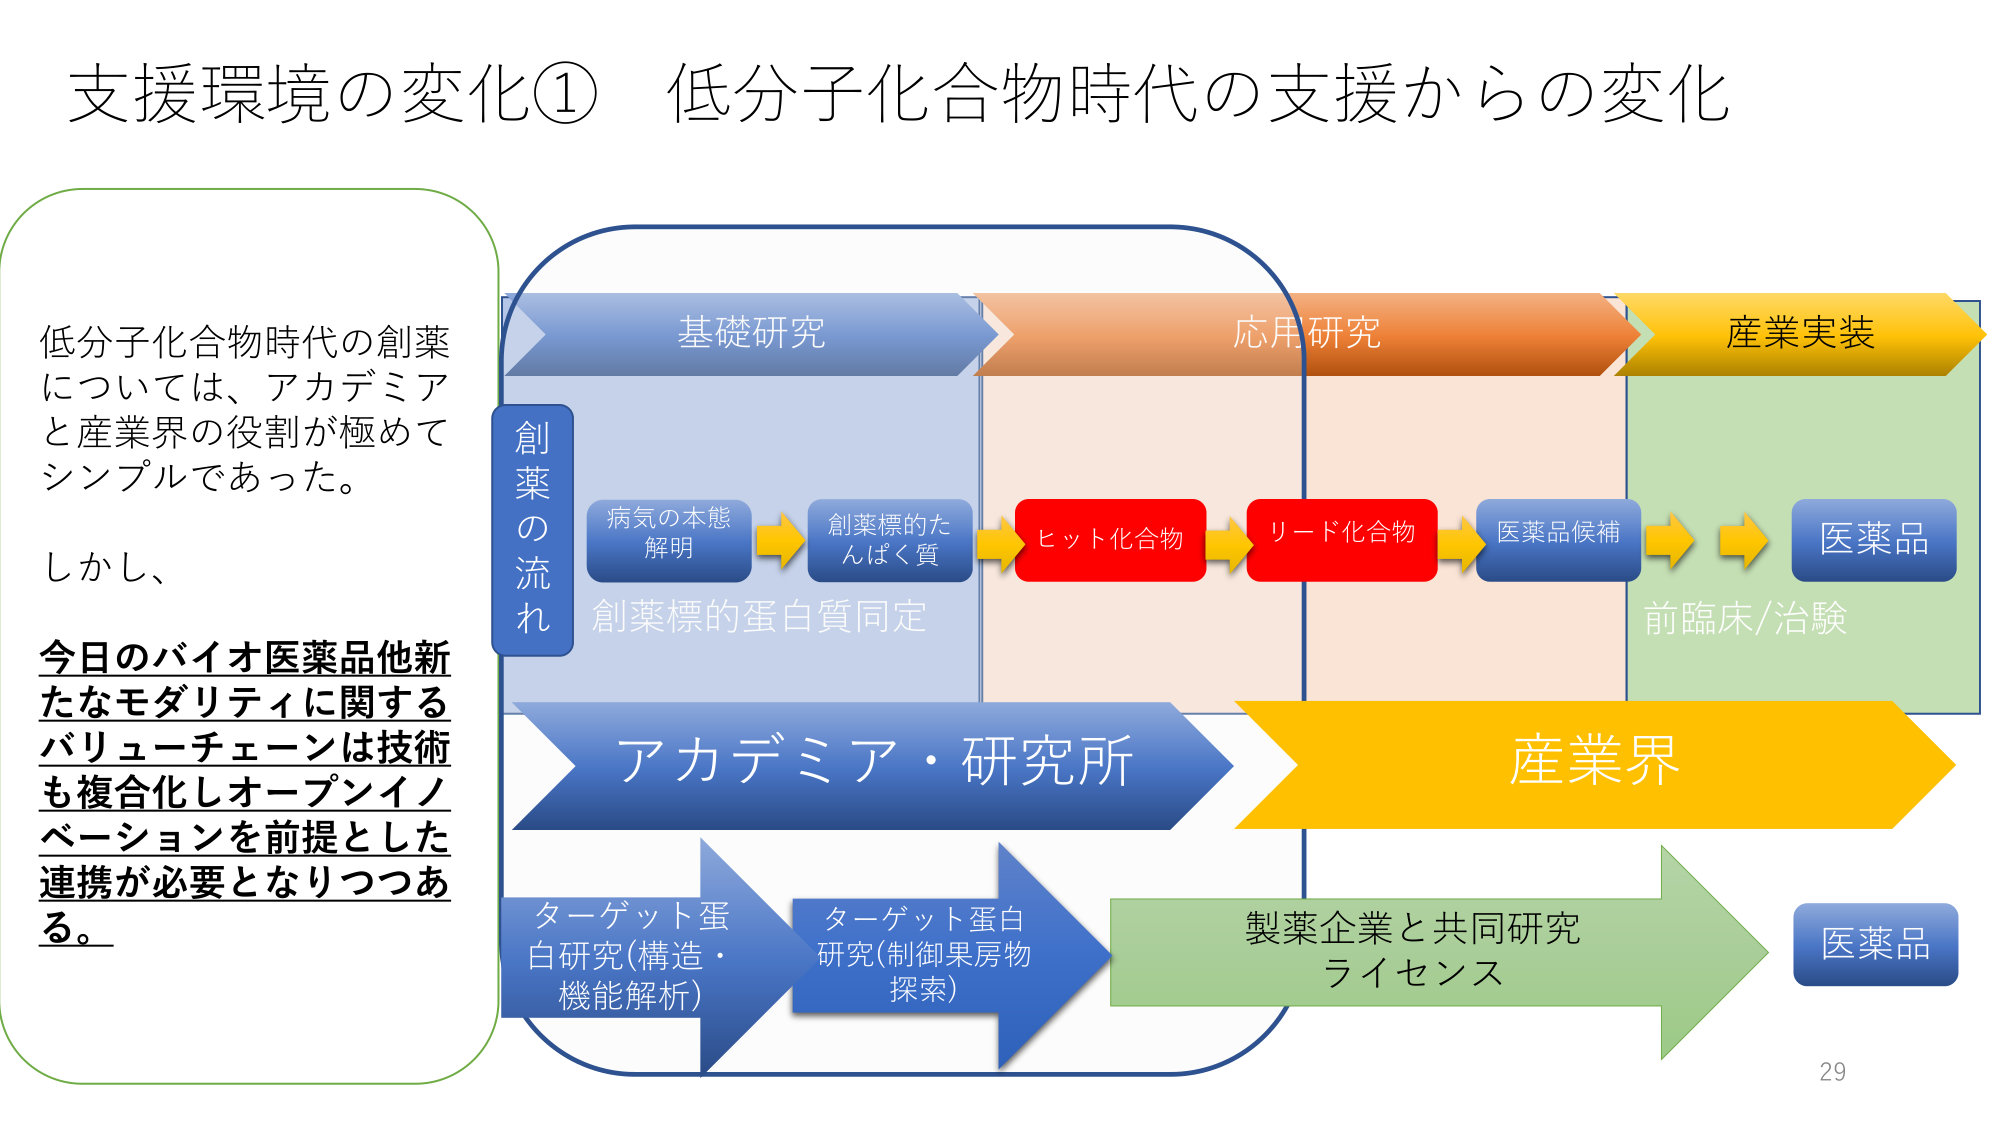
支援環境の変化① 低分子化合物時代の支援からの変化

低分子化合物時代の創薬
については、アカデミア
と産業界の役割が極めて
シンプルであった。
しかし、
今日のバイオ医薬品他新
たなモダリティに関する
バリューチェーンは技術
も複合化しオープンイノ
ベーションを前提とした
連携が必要となりつつあ
る。

創薬の流れ
基礎研究
応用研究
産業実装

病気の本態
解明
創薬標的た
んぱく質
ヒット化合物
リード化合物
医薬品候補
医薬品
前臨床/治験

創薬標的蛋白質同定

アカデミア・研究所
産業界

ターゲット蛋
白研究(構造・
機能解析)
ターゲット蛋白
研究(制御果房物
探索)
製薬企業と共同研究
ライセンス
医薬品

29